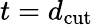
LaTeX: t=d_{\mathrm{cut}}